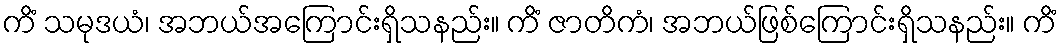
ကိံ သမုဒယံ၊ အဘယ်အကြောင်းရှိသနည်း။ ကိံ ဇာတိကံ၊ အဘယ်ဖြစ်ကြောင်းရှိသနည်း။ ကိံ